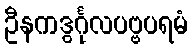
ဦနကဒွင်္ဂုလပဗ္ဗပရမံ